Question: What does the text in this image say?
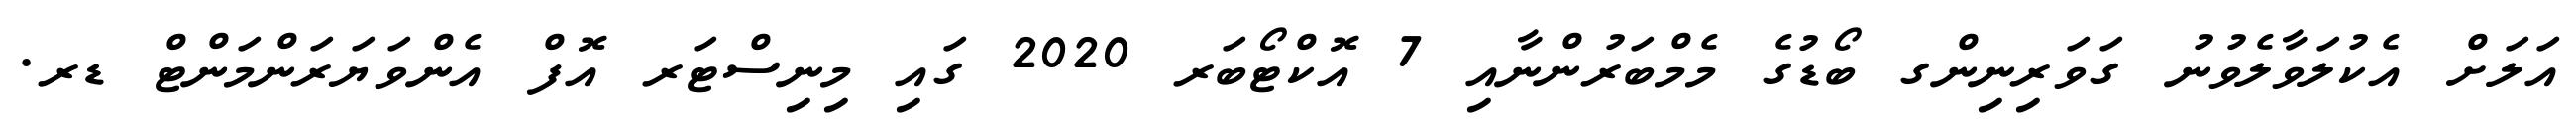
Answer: އަލަށް އެކުލަވާލެވުނު ގަވަރިނިންގ ބޯޑުގެ މެމްބަރުންނާއި 7 އޮކްޓޯބަރ 2020 ގައި މިނިސްޓަރ އޮފް އެންވަޔަރަންމަންޓް ޑރ.